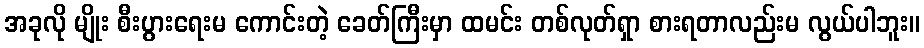
အခုလို မျိုး စီးပွားရေးမ ကောင်းတဲ့ ခေတ်ကြီးမှာ ထမင်း တစ်လုတ်ရှာ စားရတာလည်းမ လွယ်ပါဘူး။